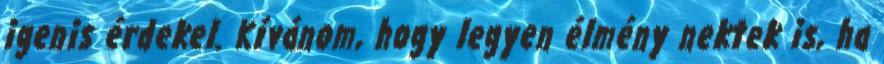
igenis érdekel. Kívánom, hogy legyen élmény nektek is, ha